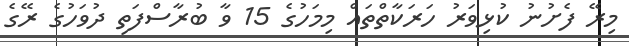
މިރޭ ފެށުނު ކުޅިވަރު ހަރަކާތްތައް މިމަހުގެ 15 ވާ ބުރާސްފަތި ދުވަހުގެ ރޭގެ